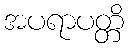
အပရာပတ္တိ